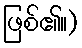
ဖြစ်၏။)